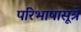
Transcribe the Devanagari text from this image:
परिभाषासूत्रे